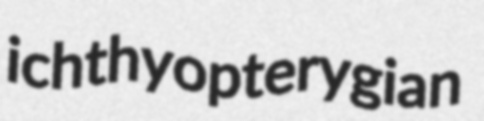
ichthyopterygian